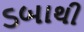
ડબાથી